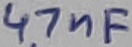
Text: 47nF